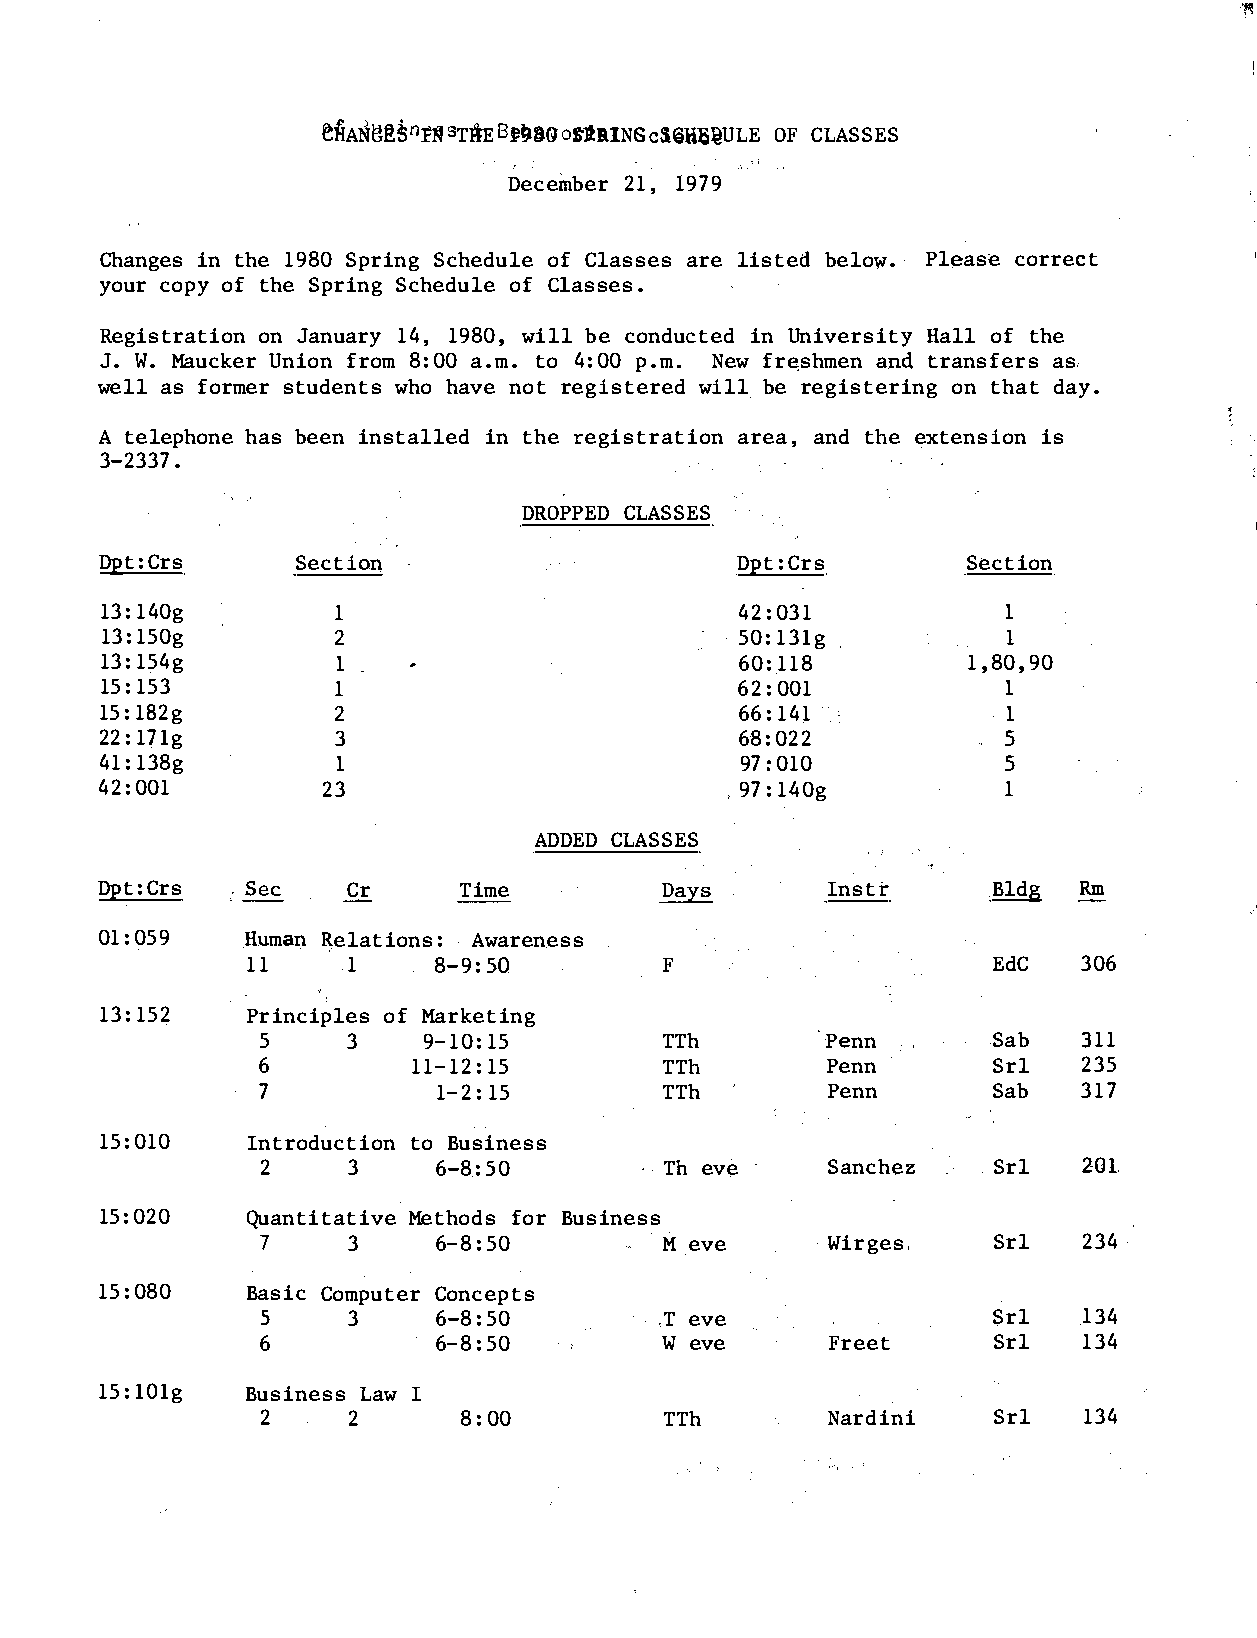
eHA�M��n�sT-ru:Bf98GotfaINGcSiH5ijULE OF CLASSES
 December 21, 1979
 Changes in the 1980 Spring Schedule of Classes are listed below. Please correct
 your copy of the Spring Schedule of Classes.
 Registration on January 14, 1980, will be conducted in University Hall of the
 J. W. Maucker Union from 8:00 a.m. to 4:00 p.m. New fr�shmen and transfers as,
 well as former students who have not registered will be registering on that day.
 A telephone has been installed in the registration area, and the extension is
 3-2337.
 DROPPED CLASSES
 Dpt:Crs      Section                      Dpt:Crs        Section
 1                                            1
 13:140g                                   42:031
 2                                            1
 13:1 50g                                 · 50:13lg
 1
 13:154g                                   60:1 18        1,80,90
 1                                            1
 15:153                                    62:001
 2                                            1
 15:182g                                   66:14i
 3                                            5
 22:17lg                                   68:022
 1                                           5
 41:138g                                   97:010
 1
 42:001         23                        , 97: 140g
 ADDED CLASSES
 Rm
 Dpt:Crs         Cr      Time                    Instr      Bldg
 01:059   .Human R,elations: Awareness
 11    1     8-9: 50        F                     EdC   306
 13:152    Principles of Marketing
 5     3    9-10:1 5        TTh       ·Penn       Sab   311
 6         11-12:15         TTh        Penn       Srl   235
 7           1-2:15         TTh        Penn       Sab   317
 15:010    Introduction to Business
 201.
 2     3     6-8:50         Th eve     Sanchez    Srl
 15:020    Quantitative Methods for Business
 7     3     6-8:50         M eve      Wirges     Srl   234
 15:080    Basic Computer Concepts
 5
 3     6-8:50         ,T eve                Srl   134
 w
 6           6-8:50           eve      Freet      Srl   134
 15:lOlg   Business Law I
 2     2       8:00         TTh        Nardini    Srl   134